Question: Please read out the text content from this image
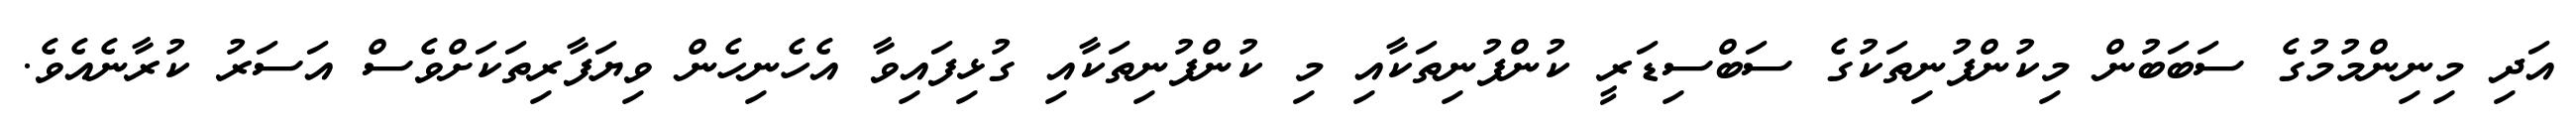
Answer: އަދި މިނިންމުމުގެ ސަބަބުން މިކުންފުނިތަކުގެ ސަބްސިޑަރީ ކުންފުނިތަކާއި މި ކުންފުނިތަކާއި ގުޅިފައިވާ އެހެނިހެން ވިޔަފާރިތަކަށްވެސް އަސަރު ކުރާނެއެވެ.